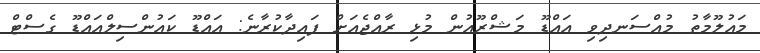
މައުލޫމާތު މުއްސަނދިވި އައްޑޫ މަޝްރޫއުން މުޅި ރާއްޖެއަށް ފައިދާކުރާނެ: އައްޑޫ ކައުންސިލްއައްޑޫ ގެސްޓް